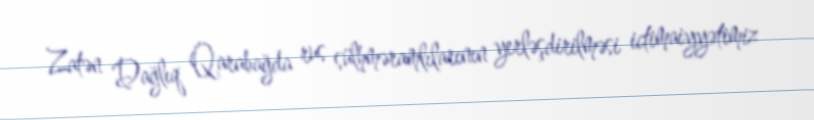
Zatən Dağlıq Qarabağda rus sülhməramlılarının yerləşdirilməsi ictimaiyyətimiz